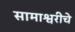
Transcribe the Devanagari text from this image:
सामाश्वरीचे